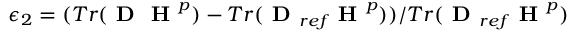
\epsilon _ { 2 } = ( T r ( \boldsymbol { \textbf { D } } \boldsymbol { \textbf { H } ^ { p } } ) - T r ( \boldsymbol { \textbf { D } } _ { r e f } \boldsymbol { \textbf { H } ^ { p } } ) ) / T r ( \boldsymbol { \textbf { D } } _ { r e f } \boldsymbol { \textbf { H } ^ { p } } )